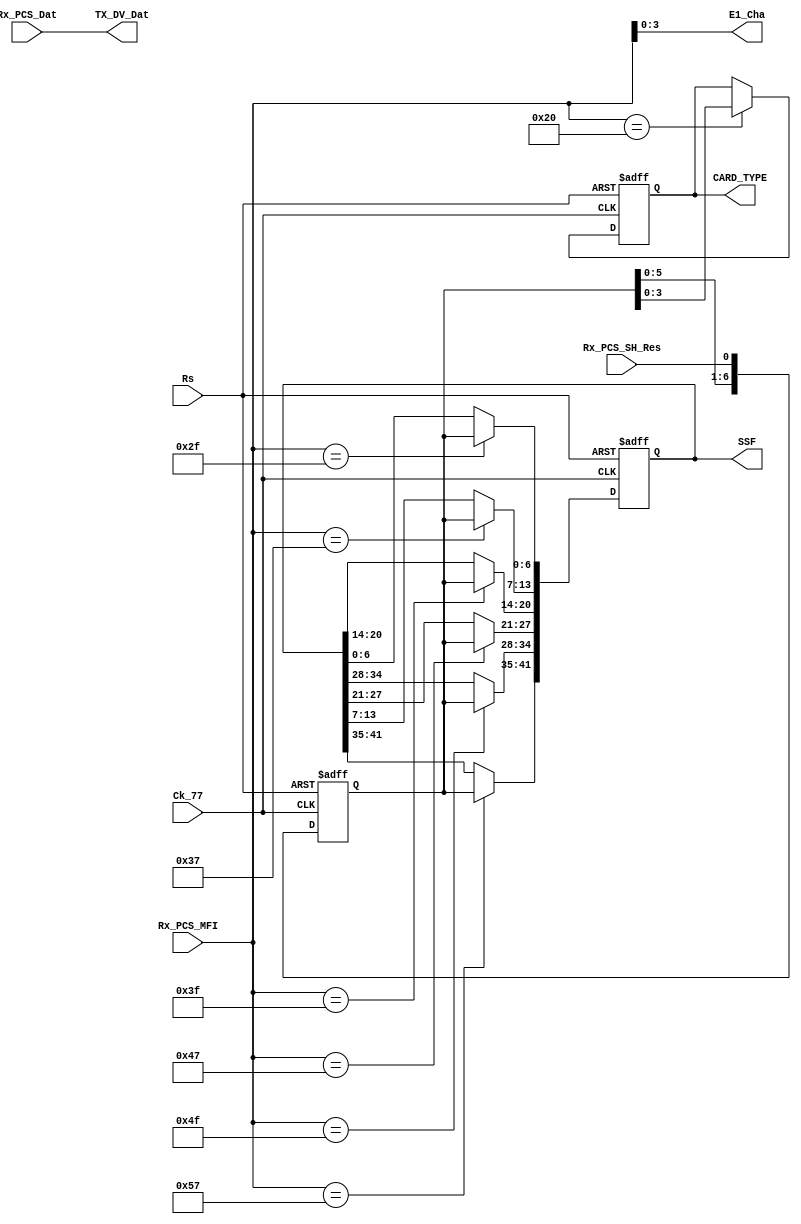
module adapter_rx_pcs   //pcs
( 
  input                  Rs            ,  ////첽λЧ
//input                  Ck_38         ,  ////38.88
  input                  Ck_77         ,  ////77.76
  
  input      [7:0]       Rx_PCS_MFI    , //0-255֡
  input                  Rx_PCS_SH_Res , //֡0λ
  input   [8-2-1:0]      Rx_PCS_Dat    , ////16λȥ2λͬͷ
  
  output reg [3:0]       E1_Cha        , //0-16֡
  output reg [5:0]       TX_DV_Dat     , //77.77m6λ
                                      
  output reg [3:0]       CARD_TYPE     , //cardͣ֡1λTx_PCS_SH_Resź
  output reg [41:0]      SSF             //SSFͣ ֡1λTx_PCS_SH_Resź   
);      

assign  E1_Cha = Rx_PCS_MFI[3:0];//4λ֡0-15ͨ
assign  TX_DV_Dat = Rx_PCS_Dat;  //ֱ

//ĴSHSH_regλλ
reg [6:0] SH_reg;
always @(posedge Ck_77 or posedge Rs)
begin
  if(Rs)
    SH_reg <= 7'b0;
  else 
  begin
    SH_reg <= {SH_reg[5:0],Rx_PCS_SH_Res}; //λֵʱһִ 
  end
end

//card
always @(posedge Ck_77 or posedge Rs) //CARDƽ
begin
  if(Rs)
    CARD_TYPE <= 4'b0;
  else if (Rx_PCS_MFI == 31+1) //һִ
    CARD_TYPE = SH_reg[3:0];   //ʱλֵcard
end

//SSF
always @(posedge Ck_77 or posedge Rs) //SSFƽ
begin
  if(Rs)
    SSF <= 42'b0;
  else
    case(Rx_PCS_MFI)
	  46+1:SSF[6 :0 ] = SH_reg;
	  54+1:SSF[13:7 ] = SH_reg;
	  62+1:SSF[20:14] = SH_reg;
	  70+1:SSF[27:21] = SH_reg;
	  78+1:SSF[34:28] = SH_reg;
	  86+1:SSF[41:35] = SH_reg;
	  default:SSF = SSF ; //
    endcase
end

endmodule